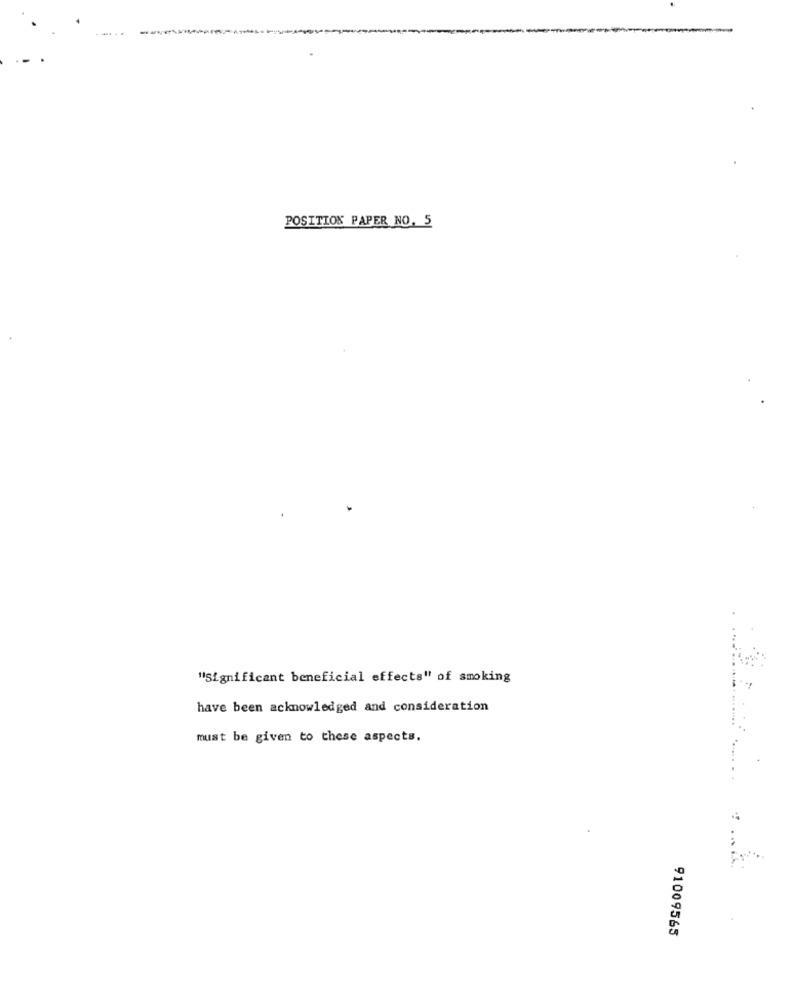
--...
POSITION PAPER NO. 5
"Significant beneficial effects" of smoking
have been acknowledged and consideration
must be given to these aspects.
91009565